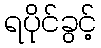
ရပိုင်ခွင့်